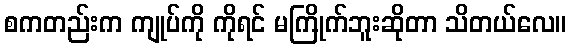
စကတည်းက ကျုပ်ကို ကိုရင် မကြိုက်ဘူးဆိုတာ သိတယ်လေ။